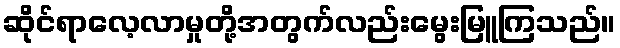
ဆိုင်ရာလေ့လာမှုတို့အတွက်လည်းမွေးမြူကြသည်။